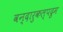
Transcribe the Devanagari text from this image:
वन्दारुकल्पद्रुम